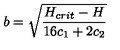
b = \sqrt { \frac { H _ { c r i t } - H } { 1 6 c _ { 1 } + 2 c _ { 2 } } }